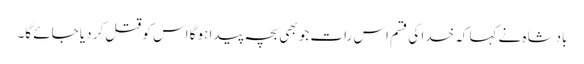
بادشاہ نے کہا کہ خدا کی قسم اس رات جو بھی بچہ پیدا ہوگا اس کو قتل کر دیا جائے گا۔